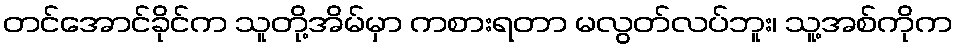
တင်အောင်ခိုင်က သူတို့အိမ်မှာ ကစားရတာ မလွတ်လပ်ဘူး၊ သူ့အစ်ကိုက